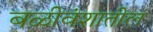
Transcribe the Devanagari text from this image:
बळीवंशातील